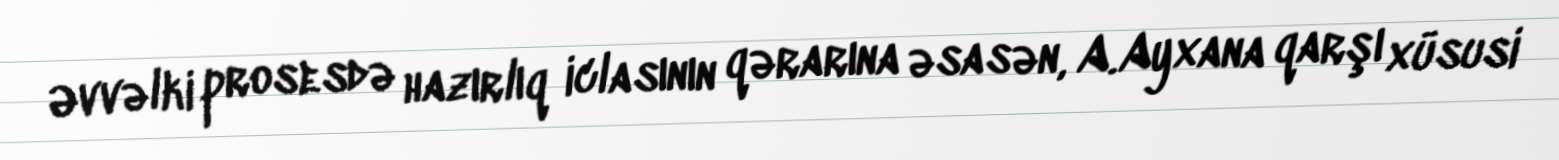
Əvvəlki prosesdə hazırlıq iclasının qərarına əsasən, A.Ayxana qarşı xüsusi